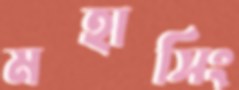
মহাসিং